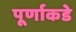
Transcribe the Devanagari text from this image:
पूर्णाकडे